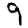
Digit: 9